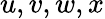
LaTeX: u,v,w,x